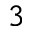
^ 3